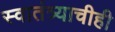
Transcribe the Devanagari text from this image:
स्वातंत्र्याचीही